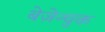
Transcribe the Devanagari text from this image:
बेज़ेन्चुक